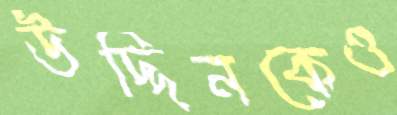
উদ্দিনকেও